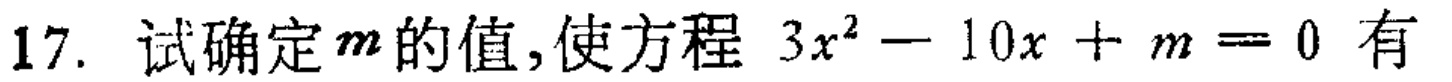
17. 试确定\(m\)的值,使方程 \(3x^{2}-10x + m = 0\) 有